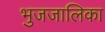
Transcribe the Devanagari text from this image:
भुजजालिका